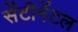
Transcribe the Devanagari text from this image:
सेंटीमेंटल